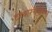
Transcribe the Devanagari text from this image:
दरबारनेश्वरम